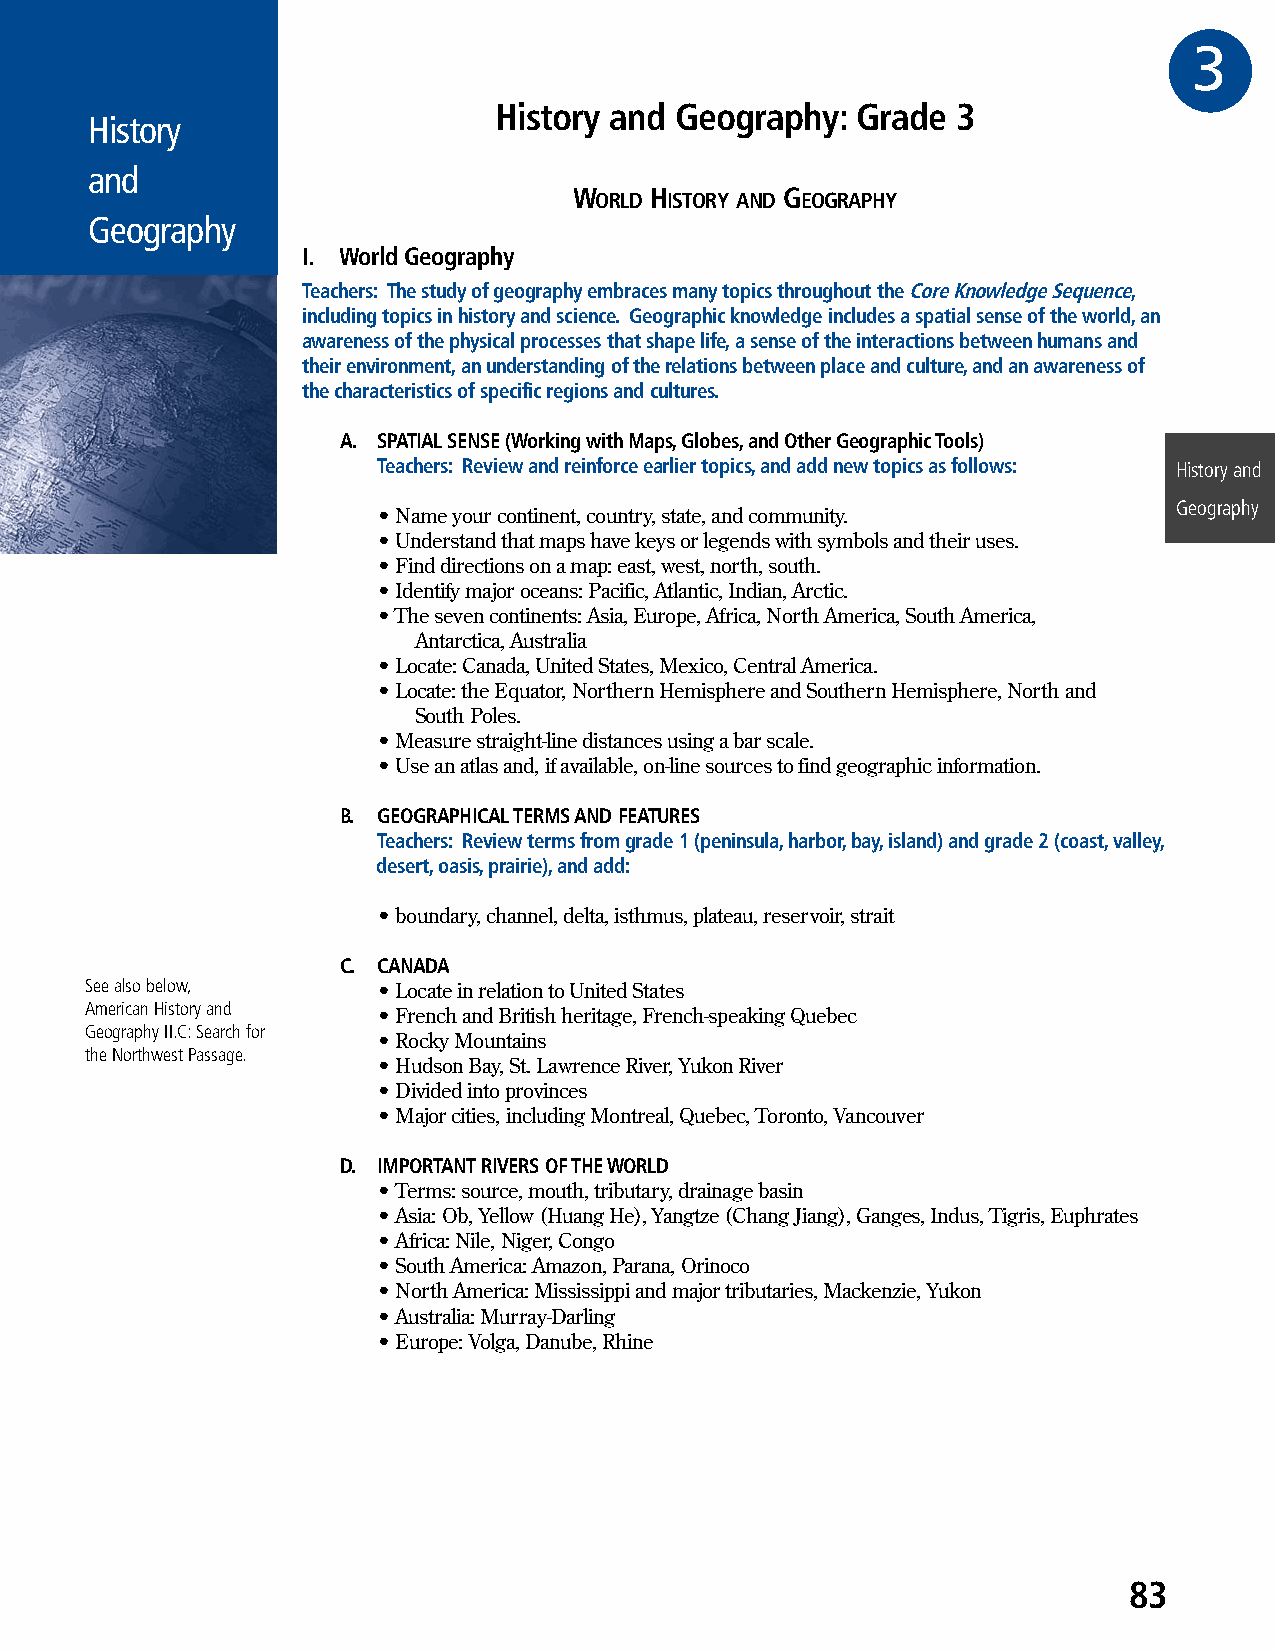
3GR
 History and Geography:  Grade 3
 History
 and
 WORLD HISTORY AND GEOGRAPHY
 Geography
 I. World Geography
 Teachers: The study of geography embraces many topics throughout the Core Knowledge Sequence,
 including topics in history and science. Geographic knowledge includes a spatial sense of the world, an
 awareness of the physical processes that shape life, a sense of the interactions between humans and
 their environment, an understanding of the relations between place and culture, and an awareness of
 the characteristics of specific regions and cultures.
 A. SPATIAL SENSE (Working with Maps, Globes, and Other Geographic Tools)
 Teachers: Review and reinforce earlier topics, and add new topics as follows: History and
 Geography
 • Name your continent, country, state, and community.
 • Understand that maps have keys or legends with symbols and their uses.
 • Find directions on a map: east, west, north, south.
 • Identify major oceans: Pacific, Atlantic, Indian, Arctic.
 • The seven continents: Asia, Europe, Africa, North America, South America,
 Antarctica, Australia
 • Locate: Canada, United States, Mexico, Central America.
 • Locate: the Equator, Northern Hemisphere and Southern Hemisphere, North and
 South Poles.
 • Measure straight-line distances using a bar scale.
 • Use an atlas and, if available, on-line sources to find geographic information.
 B. GEOGRAPHICAL TERMS AND FEATURES
 Teachers: Review terms from grade 1 (peninsula, harbor, bay, island) and grade 2 (coast, valley,
 desert, oasis, prairie), and add:
 • boundary, channel, delta, isthmus, plateau, reservoir, strait
 C. CANADA
 See also below,    • Locate in relation to United States
 American History and
 • French and British heritage, French-speaking Quebec
 Geography II.C: Search for
 • Rocky Mountains
 the Northwest Passage.
 • Hudson Bay, St. Lawrence River, Yukon River
 • Divided into provinces
 • Major cities, including Montreal, Quebec, Toronto, Vancouver
 D. IMPORTANT RIVERS OF THE WORLD
 • Terms: source, mouth, tributary, drainage basin
 • Asia: Ob, Yellow (Huang He), Yangtze (Chang Jiang), Ganges, Indus, Tigris, Euphrates
 • Africa: Nile, Niger, Congo
 • South America: Amazon, Parana, Orinoco
 • North America: Mississippi and major tributaries, Mackenzie, Yukon
 • Australia: Murray-Darling
 • Europe: Volga, Danube, Rhine
 83